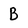
Character: B